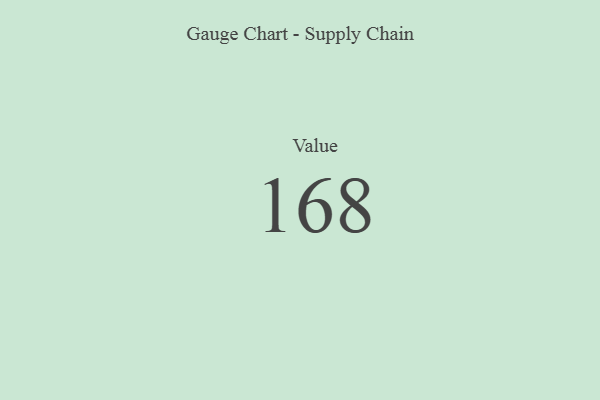
{"axis": {"x": "Metric", "y": "Value"}, "legend": [""], "data": [{"x": "Value", "y": 168, "type": ""}]}